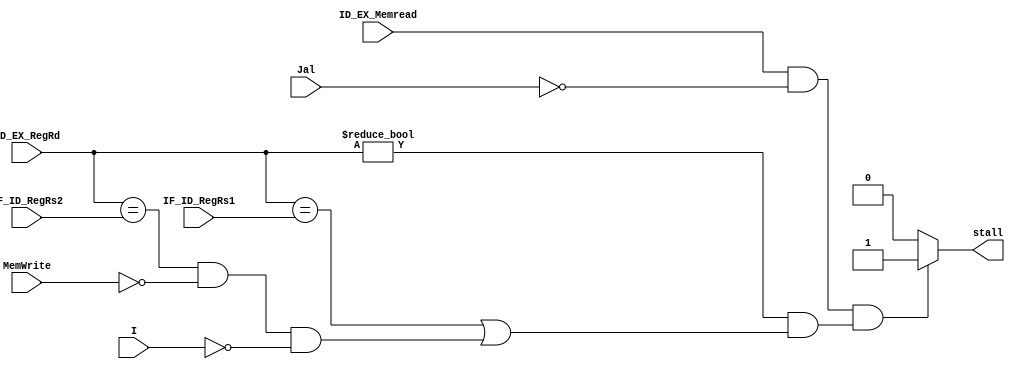
module load_Hazard(		ID_EX_Memread,
								ID_EX_RegRd,
								IF_ID_RegRs1,
								IF_ID_RegRs2,
								MemWrite,
								Jal,
								I,
								stall
								);
								
input wire ID_EX_Memread;
input wire MemWrite;
input wire Jal;
input wire I;
input wire[4:0] ID_EX_RegRd;
input wire[4:0] IF_ID_RegRs1;
input wire[4:0] IF_ID_RegRs2;

output reg stall;
								
always @(*)
begin
	if(ID_EX_Memread&(~Jal)&&(ID_EX_RegRd != 5'd0)&
		((ID_EX_RegRd == IF_ID_RegRs1)|
			((ID_EX_RegRd == IF_ID_RegRs2)&(~MemWrite)&(~I))))
		begin
			stall <= 1'b1;
		end
	else
		begin
			stall <= 1'b0;
		end
end

endmodule